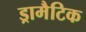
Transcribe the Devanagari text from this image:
ड्रामैटिक